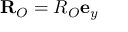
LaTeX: \mathbf { R } _ { O } = R _ { O } \mathbf { e } _ { y }